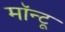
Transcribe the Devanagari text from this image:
मॉन्टू